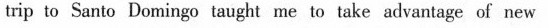
trip to Santo Domingo taught me to take advantage of newpossibilities. osato naminao tauht me to take advantage of aew